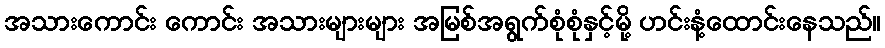
အသားကောင်း ကောင်း အသားများများ အမြစ်အရွက်စုံစုံနှင့်မို့ ဟင်းနံ့ထောင်းနေသည်။